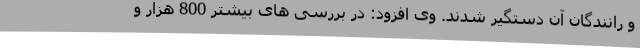
و رانندگان آن دستگیر شدند. وی افزود: در بررسی های بیشتر 800 هزار و